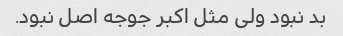
بد نبود ولی مثل اکبر جوجه اصل نبود.